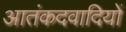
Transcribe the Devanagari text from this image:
आतंकदवादियों